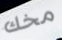
مخك